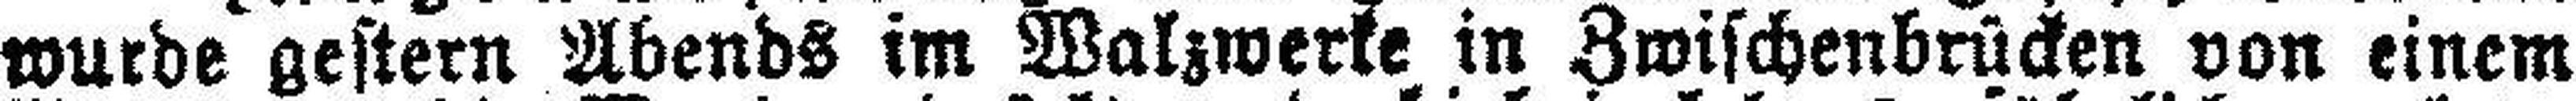
wurde gestern Abends im Walzwerke in Zwischenbrücken von einem